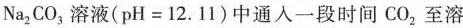
Na_{2}CO_{3}溶液($$p H = 1 2 . 1 1 $$)中通人一段时间CO_{2}至溶